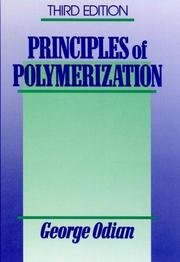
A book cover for Principles Of Polymerization - Third Edition; George Odian; Science & Math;